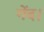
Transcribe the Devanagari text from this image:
गेंद।